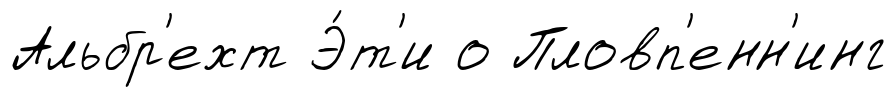
Альбр'ехт Э́т'и о Пловп'енн'инг